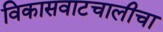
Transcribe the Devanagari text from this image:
विकासवाटचालीचा